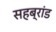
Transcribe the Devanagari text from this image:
सहब्रांड